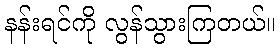
နန်းရင်ကို လွန်သွားကြတယ်။